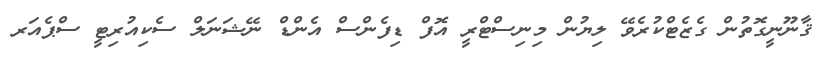
ޤާނޫނީގޮތުން ގެޒެޓްކުރެވޭ ލިޔުން މިނިސްޓްރީ އޮފް ޑިފެންސް އެންޑް ނޭޝަނަލް ސެކިއުރިޓީ ސްޕެއަރ